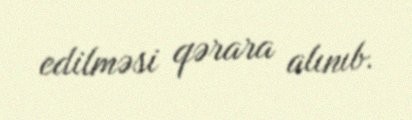
edilməsi qərara alınıb.